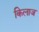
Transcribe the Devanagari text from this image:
किलाज